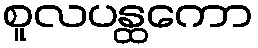
စူလပန္ထကော